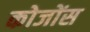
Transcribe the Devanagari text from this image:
कोजोंस